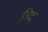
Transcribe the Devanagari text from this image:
विंद